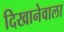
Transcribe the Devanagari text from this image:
दिखानेवाला